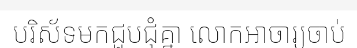
បរិស័ទមកជួបជុំគ្នា លោកអាចារ្យចាប់